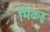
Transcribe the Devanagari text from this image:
मिंकहु